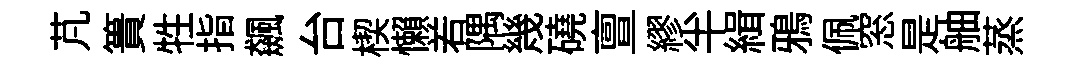
芃簣牲指飆台楔懶𠰥隅幾磽亶繆半緝鴉佩窓是舳蒸